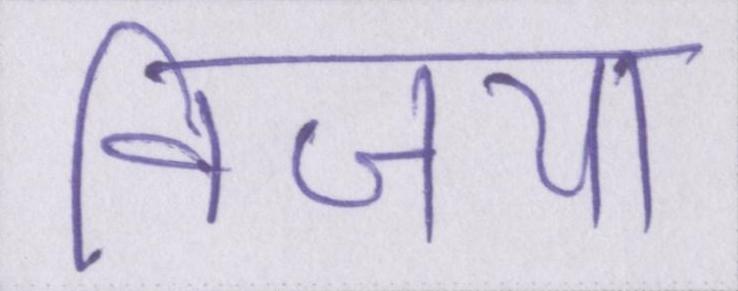
विजया